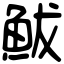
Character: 鮁